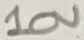
Text: 10V